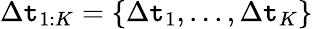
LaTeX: \Delta\mathtt{t}_{1:K}=\left\{ \Delta\mathtt{t}_{1},...,\Delta\mathtt{t}_{K}\right\}